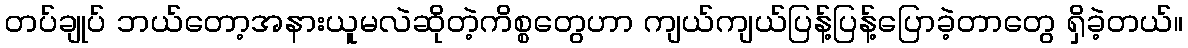
တပ်ချုပ် ဘယ်တော့အနားယူမလဲဆိုတဲ့ကိစ္စတွေဟာ ကျယ်ကျယ်ပြန့်ပြန့်ပြောခဲ့တာတွေ ရှိခဲ့တယ်။